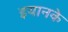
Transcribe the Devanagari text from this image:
इयानके